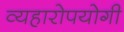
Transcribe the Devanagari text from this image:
व्यहारोपयोगी